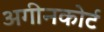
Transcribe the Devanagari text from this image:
अगीनकोर्ट